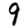
Digit: 9